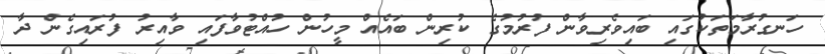
ހަނގުރާމަތަކުގައި ބައިވެރިވާން ފުރުމުގެ ކުރިން ބައެއް މީހުން ހުއްޓުވާފައި ވާއިރު ފުރައިގެން ދާ